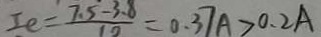
I e = \frac { 7 . 5 - 3 . 8 } { 1 0 } = 0 . 3 7 A > 0 . 2 A